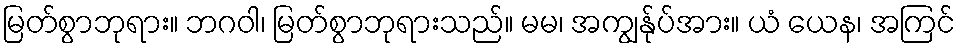
မြတ်စွာဘုရား။ ဘဂဝါ၊ မြတ်စွာဘုရားသည်။ မမ၊ အကျွန်ုပ်အား။ ယံ ယေန၊ အကြင်